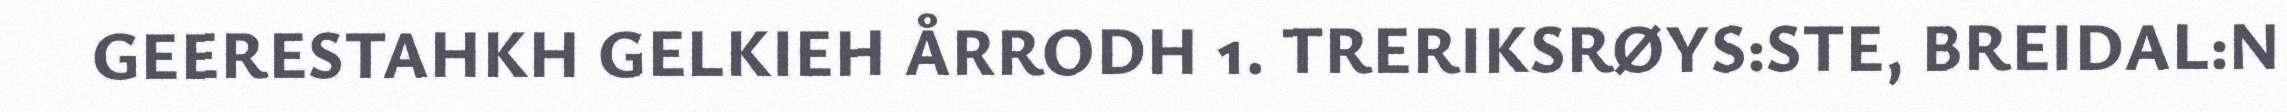
GEERESTAHKH GELKIEH ÅRRODH 1. TRERIKSRØYS:STE, BREIDAL:N